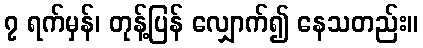
၇ ရက်မှန်၊ တုန့်ပြန် လျှောက်၍ နေသတည်း။